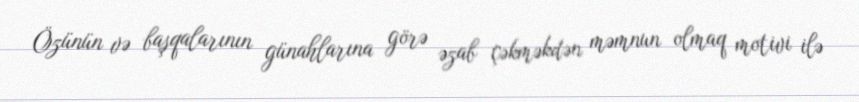
Özünün və başqalarının günahlarına görə əzab çəkməkdən məmnun olmaq motivi ilə